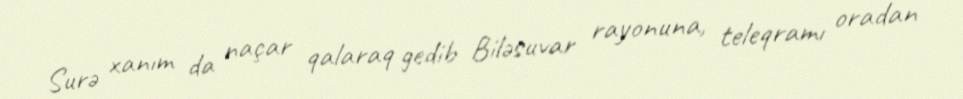
Surə xanım da naçar qalaraq gedib Biləsuvar rayonuna, teleqramı oradan